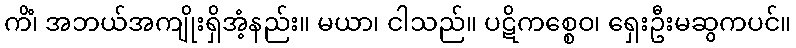
ကိံ၊ အဘယ်အကျိုးရှိအံ့နည်း။ မယာ၊ ငါသည်။ ပဋိကစ္စေဝ၊ ရှေးဦးမဆွကပင်။